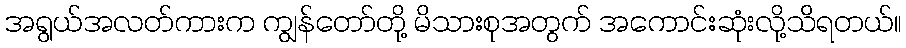
အရွယ်အလတ်ကားက ကျွန်တော်တို့ မိသားစုအတွက် အကောင်းဆုံးလို့သိရတယ်။